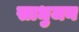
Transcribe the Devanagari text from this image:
साधुजन